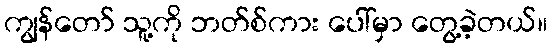
ကျွန်တော် သူ့ကို ဘတ်စ်ကား ပေါ်မှာ တွေ့ခဲ့တယ်။